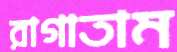
রাগাতাম